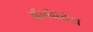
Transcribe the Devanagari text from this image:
ॲलोव्हेरा